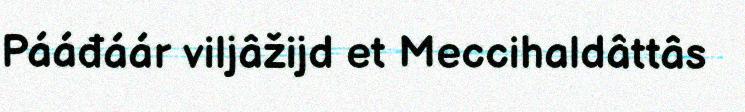
Pááđáár viljâžijd et Meccihaldâttâs